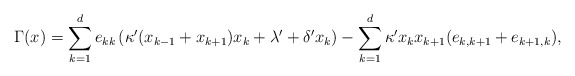
\begin{align*} \Gamma (x) =\sum_{k = 1}^d e_{kk}\left(\kappa'(x_{k-1}+x_{k+1})x_{k} + \lambda' + \delta'x_k\right) -\sum_{k = 1}^d \kappa'x_kx_{k+1}(e_{k,k+1}+e_{k+1,k}), \end{align*}